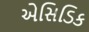
એસિડિક